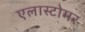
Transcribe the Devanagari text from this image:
एलास्टोमर